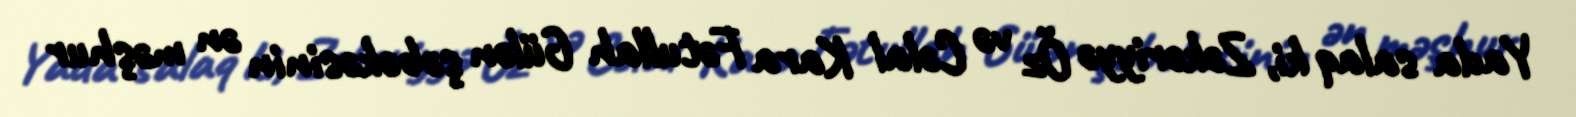
Yada salaq ki, Zəkəriyyə Öz və Cəlal Kara Fətullah Gülən şəbəkəsinin ən məşhur